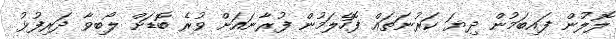
ލޮލުން ފައިބަމުން ދިޔަ ކަރުނަތައް ފޮހެލަމުން ފުރާނައަށް ވުރެ ބޮޑަށް ލޯބިވާ ދަރިފުޅު